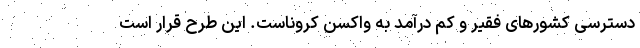
دسترسی کشورهای فقیر و کم درآمد به واکسن کروناست. این طرح قرار است